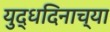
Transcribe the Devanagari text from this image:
युद्धदिनाच्या